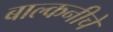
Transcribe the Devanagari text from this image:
बाल्कनीचे